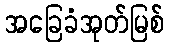
အခြေခံအုတ်မြစ်